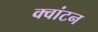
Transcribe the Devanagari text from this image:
क्वांटन